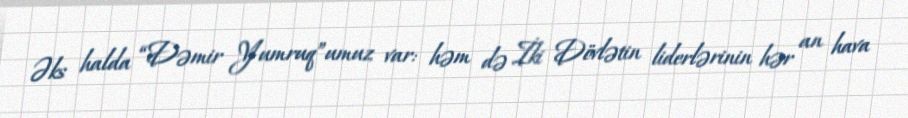
Əks halda “Dəmir Yumruq”umuz var: həm də İki Dövlətin liderlərinin hər an hava